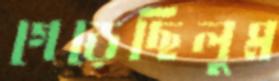
গেড়েছিলুম